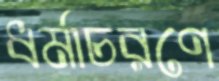
ধর্মাচরণে